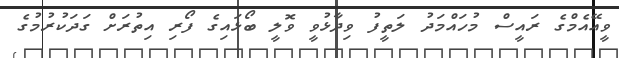
ވީއޭއެމްގެ ރައީސް މުހައްމަދު ލަތީފު ވިދާޅުވީ ވޮލީ ބޯޅައިގެ ފޯރި އިތުރަށް ގަދަކުރުމުގެ